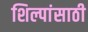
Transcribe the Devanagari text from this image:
शिल्पांसाठी